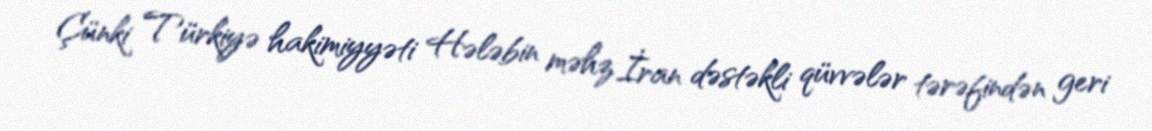
Çünki Türkiyə hakimiyyəti Hələbin məhz İran dəstəkli qüvvələr tərəfindən geri